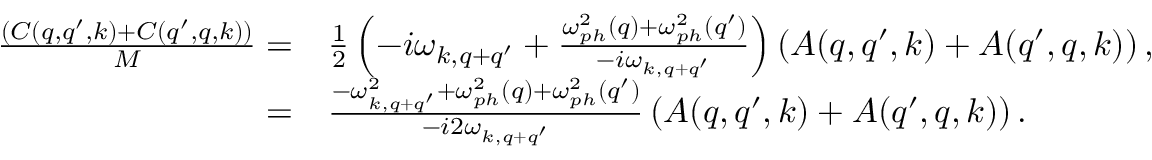
\begin{array} { r l } { \frac { ( C ( q , q ^ { \prime } , k ) + C ( q ^ { \prime } , q , k ) ) } { M } = } & { { } \frac { 1 } { 2 } \left( - i \omega _ { k , q + q ^ { \prime } } + \frac { \omega _ { p h } ^ { 2 } ( q ) + \omega _ { p h } ^ { 2 } ( q ^ { \prime } ) } { - i \omega _ { k , q + q ^ { \prime } } } \right) \left( A ( q , q ^ { \prime } , k ) + A ( q ^ { \prime } , q , k ) \right) , } \\ { = } & { { } \frac { - \omega _ { k , q + q ^ { \prime } } ^ { 2 } + \omega _ { p h } ^ { 2 } ( q ) + \omega _ { p h } ^ { 2 } ( q ^ { \prime } ) } { - i 2 \omega _ { k , q + q ^ { \prime } } } \left( A ( q , q ^ { \prime } , k ) + A ( q ^ { \prime } , q , k ) \right) . } \end{array}